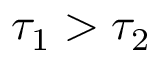
\tau _ { 1 } > \tau _ { 2 }